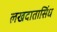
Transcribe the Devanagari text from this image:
लखदातासिंध